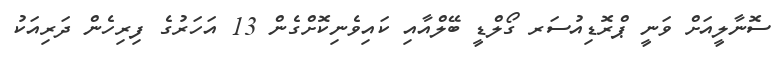
ސޮނާލީއަށް ވަނީ ޕްރޮޑިއުސަރ ގޯލްޑީ ބޭލްއާއި ކައިވެނިކޮށްގެން 13 އަހަރުގެ ފިރިހެން ދަރިއަކު